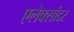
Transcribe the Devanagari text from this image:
एलेक्सांदर